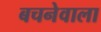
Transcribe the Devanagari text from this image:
बचनेवाला